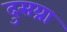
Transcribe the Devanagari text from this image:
दुसय्रा